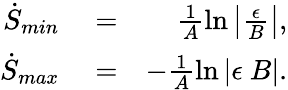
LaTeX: \begin{array}{rlr}{\dot{S}_{min}}&{{}=}&{\frac{1}{A}\ln\left|\frac{\epsilon}{B}\right|,}\\ {\dot{S}_{max}}&{{}=}&{-\frac{1}{A}\ln\left|\epsilon~B\right|.}\end{array}